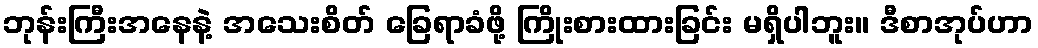
ဘုန်းကြီးအနေနဲ့ အသေးစိတ် ခြေရာခံဖို့ ကြိုးစားထားခြင်း မရှိပါဘူး။ ဒီစာအုပ်ဟာ